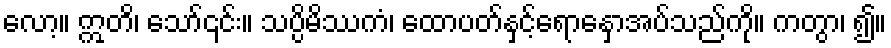
လော့။ ဣတိ၊ သော်၎င်း။ သပ္ပိမိဿကံ၊ ထောပတ်နှင့်ရောနှောအပ်သည်ကို။ ကတွာ၊ ၍။